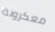
معكرونة